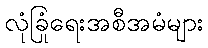
လုံခြုံရေးအစီအမံများ